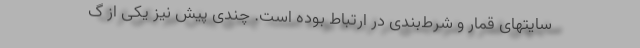
سایتهای قمار و شرط‌بندی در ارتباط بوده است. چندی پیش نیز یکی از گ